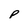
Character: p